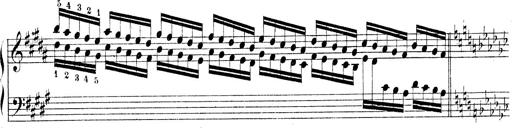
Title: Technische Studien
Composer: Franz Liszt